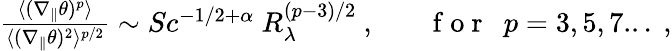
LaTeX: \begin{array}{r}{\frac{\langle(\nabla_{\| }\theta)^{p}\rangle}{\langle(\nabla_{\| }\theta)^{2}\rangle^{p/2}}\sim Sc^{-1/2+\alpha}\ R_{\lambda}^{(p-3)/2}\ ,\ \ \ \ \ \ \ \mathrm{~f~o~r~}\ \ p=3,5,7...\ ,}\end{array}